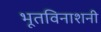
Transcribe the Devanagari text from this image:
भूतविनाशनी